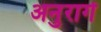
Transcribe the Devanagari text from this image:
अनुरागें